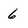
Character: 6